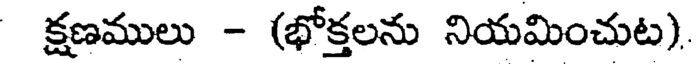
క్షణములు - (భోక్తలను నియమించుట).